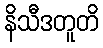
နိသီဒတူတိ